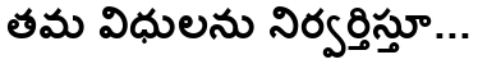
తమ విధులను నిర్వర్తిస్తూ...